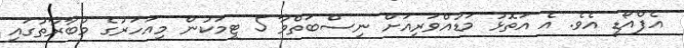
އެފްއޯޑީ އެވެ. އެ އަތޮޅު މަޑުއްވަރިއަށް ނިސްބަތްވާ 5 ޓީމަކުން މިއަހަރުގެ މުބާރާތުގައި